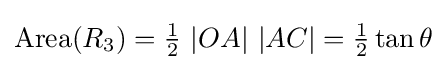
\mathrm {Area} (R_{3})={\tfrac {1}{2}}\ |OA|\ |AC|={\tfrac {1}{2}}\tan \theta